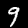
Label: 9